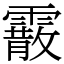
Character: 霰